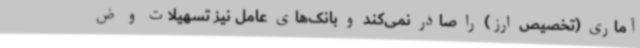
آماری (تخصیص ارز) را صادر نمی‌کند و بانک‌های عامل نیز تسهیلات و ض